Leaving Certificate Examination (including Day School Certificate (Higher) General paper), 1930
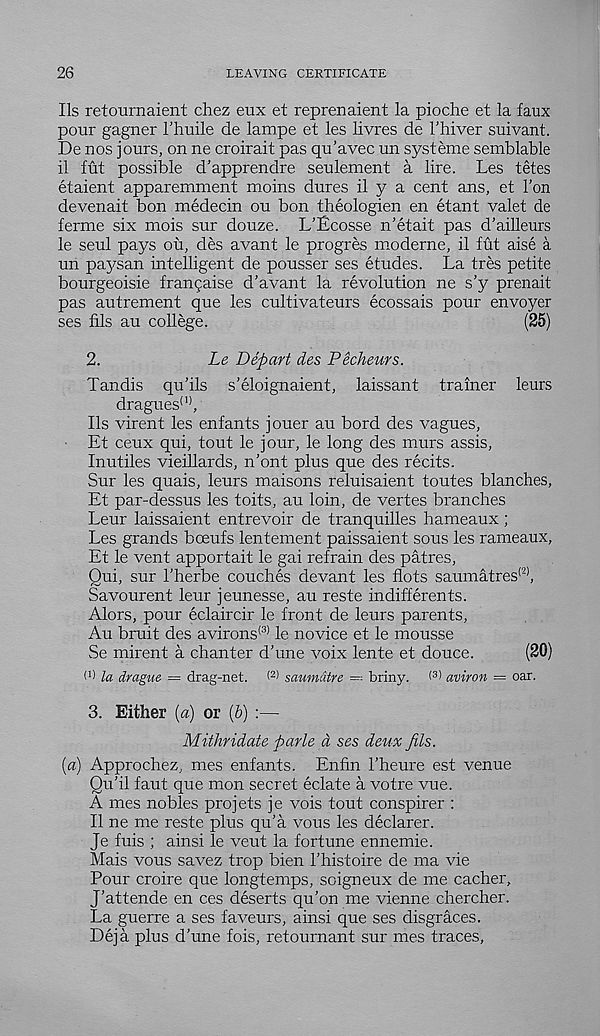
26
LEAVING CERTIFICATE
Ils retournaient chez eux et reprenaient la pioche et la faux
pour gagner I'huile de lampe et les livres de I’hiver suivant.
De nos jours, on ne croirait pas qu’avec un systeme semblable
il fut possible d’apprendre seulement a lire. Les tetes
etaient apparemment moins dures il y a cent ans, et Ton
devenait bon medecin ou bon theologien en etant valet de
ferme six mois sur douze. L’Ecosse n'etait pas d'ailleurs
le seul pays ou, des avant le progres moderne, il fut aise a
un pajisan intelligent de pousser ses etudes. La tres petite
bourgeoisie franyaise d'avant la revolution ne s’y prenait
pas autrement que les cultivateurs ecossais pour envoyer
ses fils au college.
(25)
2.
Le Depart des Pecheurs.
Landis qu’ils s’eloign aient, laissant trainer leurs
dragues ()) ,
Ils virent les enfants jouer au bord des vagues,
Et ceux qui, tout le jour, le long des murs assis,
Inutiles vieillards, n’ont plus que des recits.
Sur les quais, leurs maisons reluisaient toutes blanches,
Et par-dessus les toits, au loin, de vertes branches
Leur laissaient entrevoir de tranquilles hameaux;
Les grands boeufs lentement paissaient sous les rameaux,
Et le vent apportait le gai refrain des patres,
Qui, sur 1’herbe couches devant les flots saumatres (2) ,
Savourent leur jeunesse, au reste indifferents.
Alors, pour eclaircir le front de leurs parents,
Au bruit des avirons (3) le novice et le mousse
Se mirent a chanter d’une voix lente et douce.
(20)
la drague — drag-net. ( 2 > saumdtre — briny. ( 3 > aviron = oar.
3. Either {a) or (b) :—
Mithridate parle d ses deux fils.
[a) Approchez, mes enfants. Enfin 1’heure est venue
Qu’il faut que mon secret eclate a votre vue.
A mes nobles pro jets je vois tout conspirer :
Il ne me reste plus qu’a vous les declarer.
Je fuis ; ainsi le veut la fortune ennemie.
Mais vous savez trop bien 1’histoire de ma vie
Pour croire que longtemps, soigneux de me cacher,
J’attende en ces deserts qu’on me vienne chercher.
La guerre a ses faveurs, ainsi que ses disgraces.
Deja plus d’une fois, retournant sur mes traces,